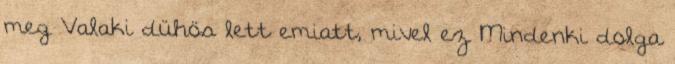
meg Valaki dühös lett emiatt, mivel ez Mindenki dolga